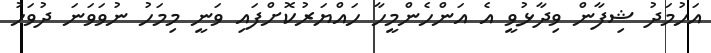
އަހުމަދު ޝިފާން ވިދާޅުވީ އެ އަންހެންމީހާ ހައްޔަރުކޮށްފައި ވަނީ މިމަހު ނުވަވަނަ ދުވަހު